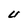
Character: U